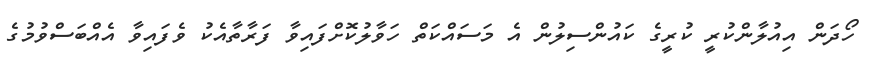
ހޯދަން އިއުލާންކުރީ ކުރީގެ ކައުންސިލުން އެ މަސައްކަތް ހަވާލުކޮށްފައިވާ ފަރާތާއެކު ވެފައިވާ އެއްބަސްވުމުގެ